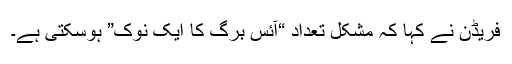
فریڈن نے کہا کہ مشکل تعداد “آئس برگ کا ایک نوک” ہوسکتی ہے۔